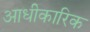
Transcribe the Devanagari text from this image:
आधीकारिक